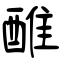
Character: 醀